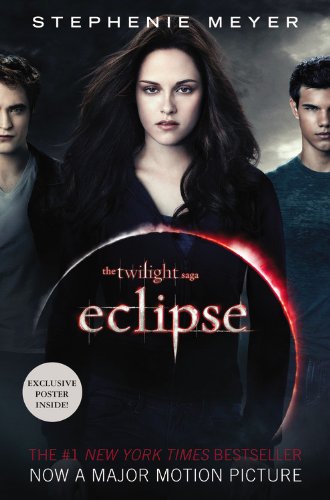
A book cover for Eclipse (The Twilight Saga, Book 3); Stephenie Meyer; Teen & Young Adult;